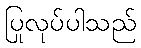
ပြုလုပ်ပါသည်